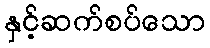
နှင့်ဆက်စပ်သော